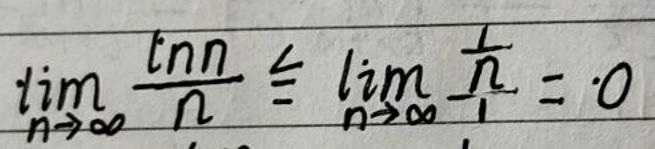
\[
\lim_{n\rightarrow\infty}\frac{\ln n}{n}\leq\lim_{n\rightarrow\infty}\frac{1}{n}=0
\]